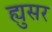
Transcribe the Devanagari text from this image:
ह्युसर